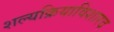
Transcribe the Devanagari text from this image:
शल्यक्रियाविशारद